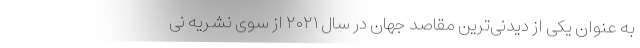
به عنوان یکی از دیدنی‌ترین مقاصد جهان در سال ۲۰۲۱ از سوی نشریه نی